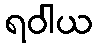
ရဝါယ